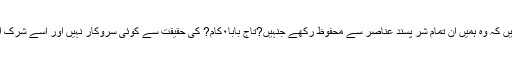
ہم بارگاہ الہیہٰ میں دعا گوہ ہیں کہ وہ ہمیں ان تمام شر پسند عناصر سے محفوظ رکھے جنہیں?تاج بابا۰کام? کی حقیقت سے کوئی سروکار نہیں اور اسے شرک اور بدعت تصور کرتے ہیں۔